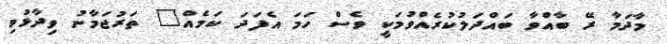
މާދަމާ ރޭ ބާއްވާ ބައްދަލުކުރެއްވުމަކީ ވެސް ހަމަ އެފަދަ ކަމެއް" ތަރުޖަމާނު ވިދާޅުވި